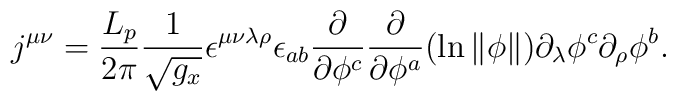
j^{\mu \nu }=\frac{L_p}{2\pi }\frac 1{\sqrt{g_x}}\epsilon ^{\mu\nu \lambda \rho }\epsilon _{ab}\frac \partial {\partial \phi ^c}\frac\partial {\partial \phi ^a}(\ln \Vert \phi \Vert )\partial _\lambda \phi^c\partial _\rho \phi ^b.